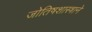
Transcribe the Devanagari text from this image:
जोतिषशास्त्राने